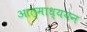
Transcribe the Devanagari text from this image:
आत्माध्ययन